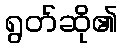
ရွတ်ဆို၏